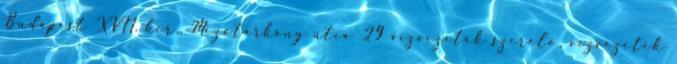
Budapest XVII. ker., Mezőtárkány utca 29 vízvezeték szerelő, vízvezeték